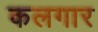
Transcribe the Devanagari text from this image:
कलगार